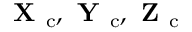
\textbf { X } _ { \mathrm { c } } , \textbf { Y } _ { \mathrm { c } } , \textbf { Z } _ { \mathrm { c } }